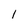
Character: 1